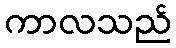
ကာလသည်